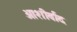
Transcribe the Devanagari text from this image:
आशीर्वांद